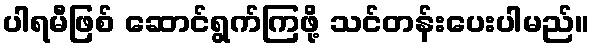
ပါရမီဖြစ် ဆောင်ရွက်ကြဖို့ သင်တန်းပေးပါမည်။